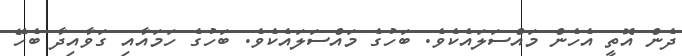
ދެން އޮތީ އެހެން މައްސަލައެކެވެ. ބަހުގެ މައްސަލައެކެވެ. ބަހުގެ ހަމައާއި ގަވާއިދާ ބެހޭ